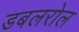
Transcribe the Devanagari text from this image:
डबलरोल